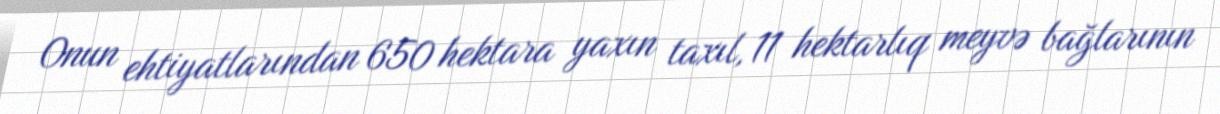
Onun ehtiyatlarından 650 hektara yaxın taxıl, 11 hektarlıq meyvə bağlarının